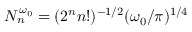
N _ { n } ^ { \omega _ { 0 } } = ( 2 ^ { n } n ! ) ^ { - 1 / 2 } ( \omega _ { 0 } / \pi ) ^ { 1 / 4 }